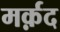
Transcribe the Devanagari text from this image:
मर्क़द